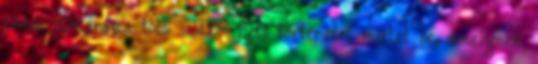
című filmdráma több szálon futó történetet mutat be, amelynek